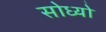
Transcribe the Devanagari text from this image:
सोध्यो